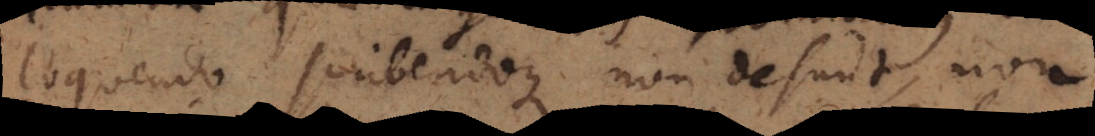
loquendo scribendoque non desunt, non